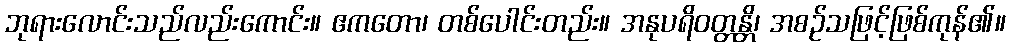
ဘုရားလောင်းသည်လည်းကောင်း။ ဧကတော၊ တစ်ပေါင်းတည်း။ အနုပရိဝတ္တန္တိ၊ အစဉ်သဖြင့်ဖြစ်ကုန်၏။